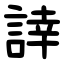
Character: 䛭